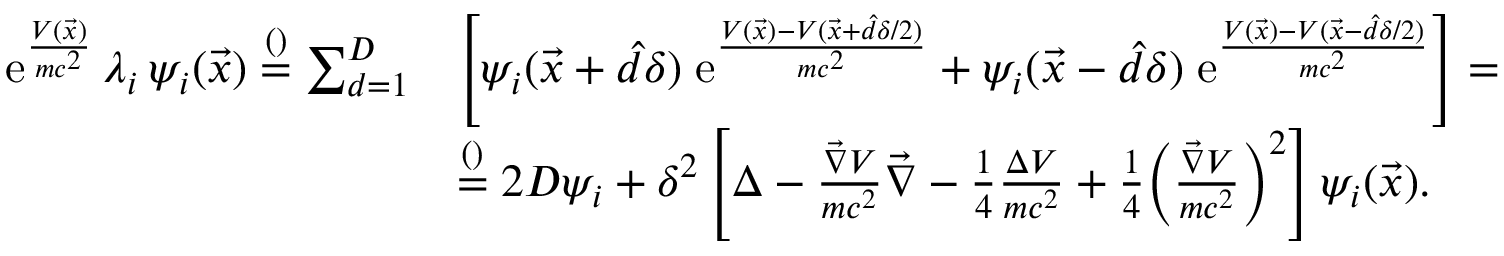
\begin{array} { r l } { \mathrm e ^ { \frac { V ( \vec { x } ) } { m c ^ { 2 } } } \, \lambda _ { i } \, \psi _ { i } ( \vec { x } ) \overset { \footnotesize ( ) } { = } \sum _ { d = 1 } ^ { D } } & { \left[ \psi _ { i } ( \vec { x } + \hat { d } \delta ) \; \mathrm e ^ { \frac { V ( \vec { x } ) - V ( \vec { x } + \hat { d } \delta / 2 ) } { m c ^ { 2 } } } + \psi _ { i } ( \vec { x } - \hat { d } \delta ) \; \mathrm e ^ { \frac { V ( \vec { x } ) - V ( \vec { x } - \hat { d } \delta / 2 ) } { m c ^ { 2 } } } \right] = } \\ & { \overset { \footnotesize ( ) } { = } 2 D \psi _ { i } + \delta ^ { 2 } \left[ \Delta - \frac { \vec { \nabla } V } { m c ^ { 2 } } \vec { \nabla } - \frac { 1 } { 4 } \frac { \Delta V } { m c ^ { 2 } } + \frac { 1 } { 4 } \Big ( \frac { \vec { \nabla } V } { m c ^ { 2 } } \Big ) ^ { 2 } \right] \psi _ { i } ( \vec { x } ) . } \end{array}